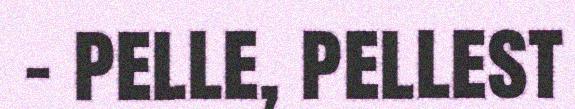
– pelle, pellest